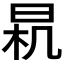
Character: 𣌯